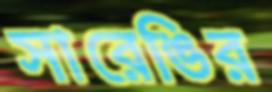
সারেঙির